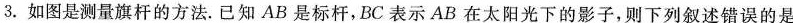
3.如图是测量旗杆的方法。已知AB是标杆，BC表示AB在太阳光下的影子，则下列叙述错误的是